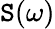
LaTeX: \mathtt{S}(\omega)